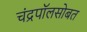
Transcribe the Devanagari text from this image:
चंद्रपॉलसोबत